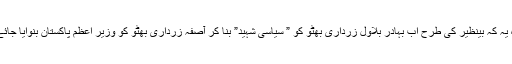
وہ یہ کہ بینظیر کی طرح اب بہادر بلاول زرداری بھٹو کو ” سیاسی شہید” بنا کر آصفہ زرداری بھٹو کو وزیر اعظم پاکستان بنوایا جائے۔